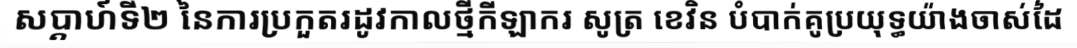
សប្តាហ៍ទី២ នៃការប្រកួតរដូវកាលថ្មីកីឡាករ សូត្រ ខេវិន បំបាក់គូប្រយុទ្ធយ៉ាងចាស់ដៃ